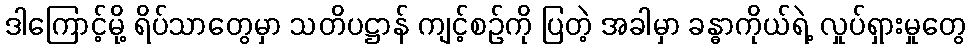
ဒါကြောင့်မို့ ရိပ်သာတွေမှာ သတိပဋ္ဌာန် ကျင့်စဉ်ကို ပြတဲ့ အခါမှာ ခန္ဓာကိုယ်ရဲ့ လှုပ်ရှားမှုတွေ